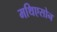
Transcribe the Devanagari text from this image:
मथिएसोन